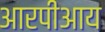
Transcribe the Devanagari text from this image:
आरपीआय